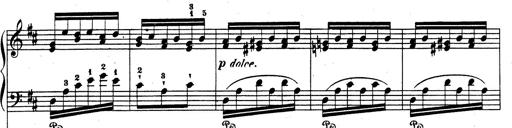
Title: Rhapsodie espagnole
Composer: Franz Liszt